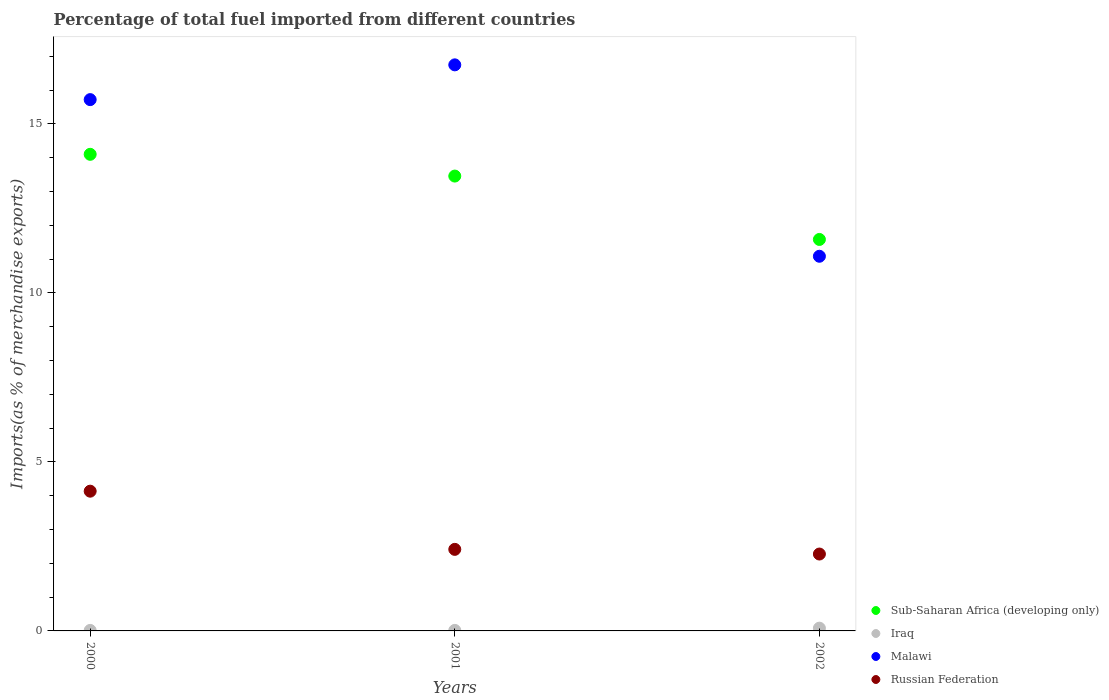
| Years | Sub-Saharan Africa (developing only) | Iraq | Malawi | Russian Federation |
 | --- | --- | --- | --- | --- |
 | 2000 | 14.1 | 0.0149 | 15.7 | 4.13 |
 | 2001 | 13.5 | 0.0155 | 16.7 | 2.41 |
 | 2002 | 11.6 | 0.0815 | 11.1 | 2.27 |